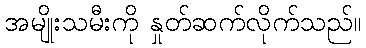
အမျိုးသမီးကို နှုတ်ဆက်လိုက်သည်။